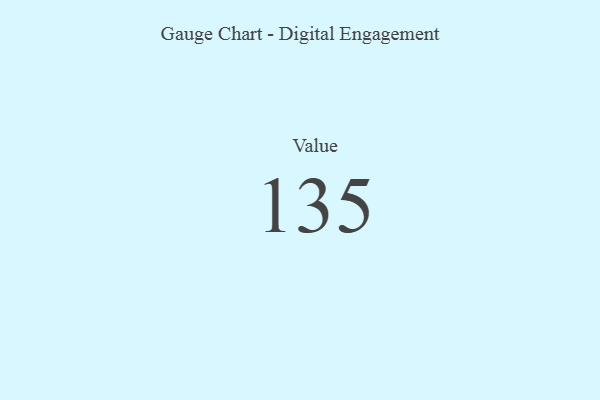
{"axis": {"x": "Metric", "y": "Value"}, "legend": [""], "data": [{"x": "Value", "y": 135, "type": ""}]}